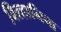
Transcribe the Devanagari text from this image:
विल्हामिना